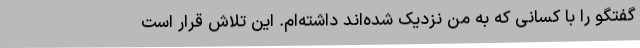
گفتگو را با کسانی که به من نزدیک شده‌اند داشته‌ام. این تلاش قرار است